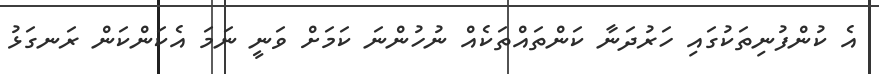
އެ ކުންފުނިތަކުގައި ހަރުދަނާ ކަންތައްތަކެއް ނުހުންނަ ކަމަށް ވަނީ ނަމަ އެކަންކަން ރަނގަޅު